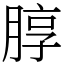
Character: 朜